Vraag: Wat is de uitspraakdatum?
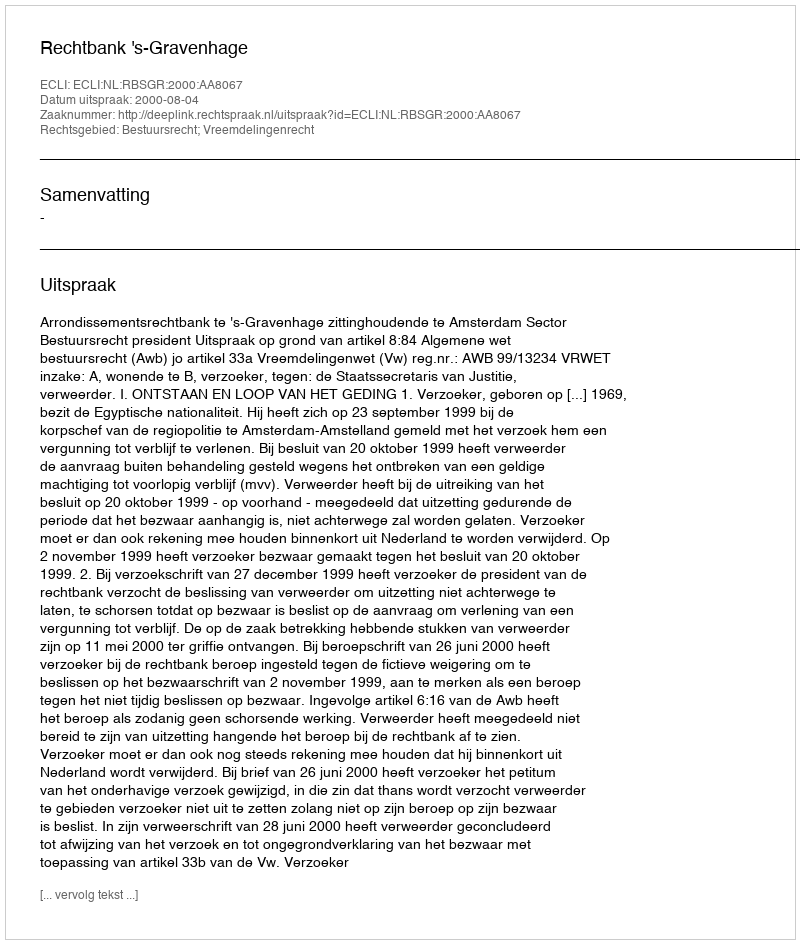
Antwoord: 2000-08-04